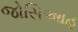
જોસિઆહ